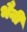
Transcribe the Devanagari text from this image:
भैनी